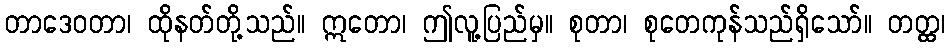
တာဒေဝတာ၊ ထိုနတ်တို့သည်။ ဣတော၊ ဤလူ့ပြည်မှ။ စုတာ၊ စုတေကုန်သည်ရှိသော်။ တတ္ထ၊